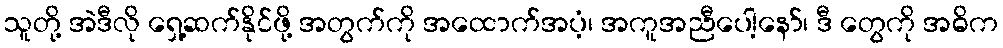
သူတို့ အဲဒီလို ရှေ့ဆက်နိုင်ဖို့ အတွက်ကို အထောက်အပံ့၊ အကူအညီပေါ့နော်၊ ဒီ တွေကို အဓိက